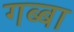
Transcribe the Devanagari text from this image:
गब्बा